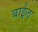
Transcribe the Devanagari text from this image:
बाईल